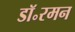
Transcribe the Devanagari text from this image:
डॉ॰रमन